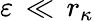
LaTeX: \varepsilon\, \ll\, r_{\kappa}